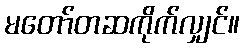
မတော်တဆကိုက်လျှင်။